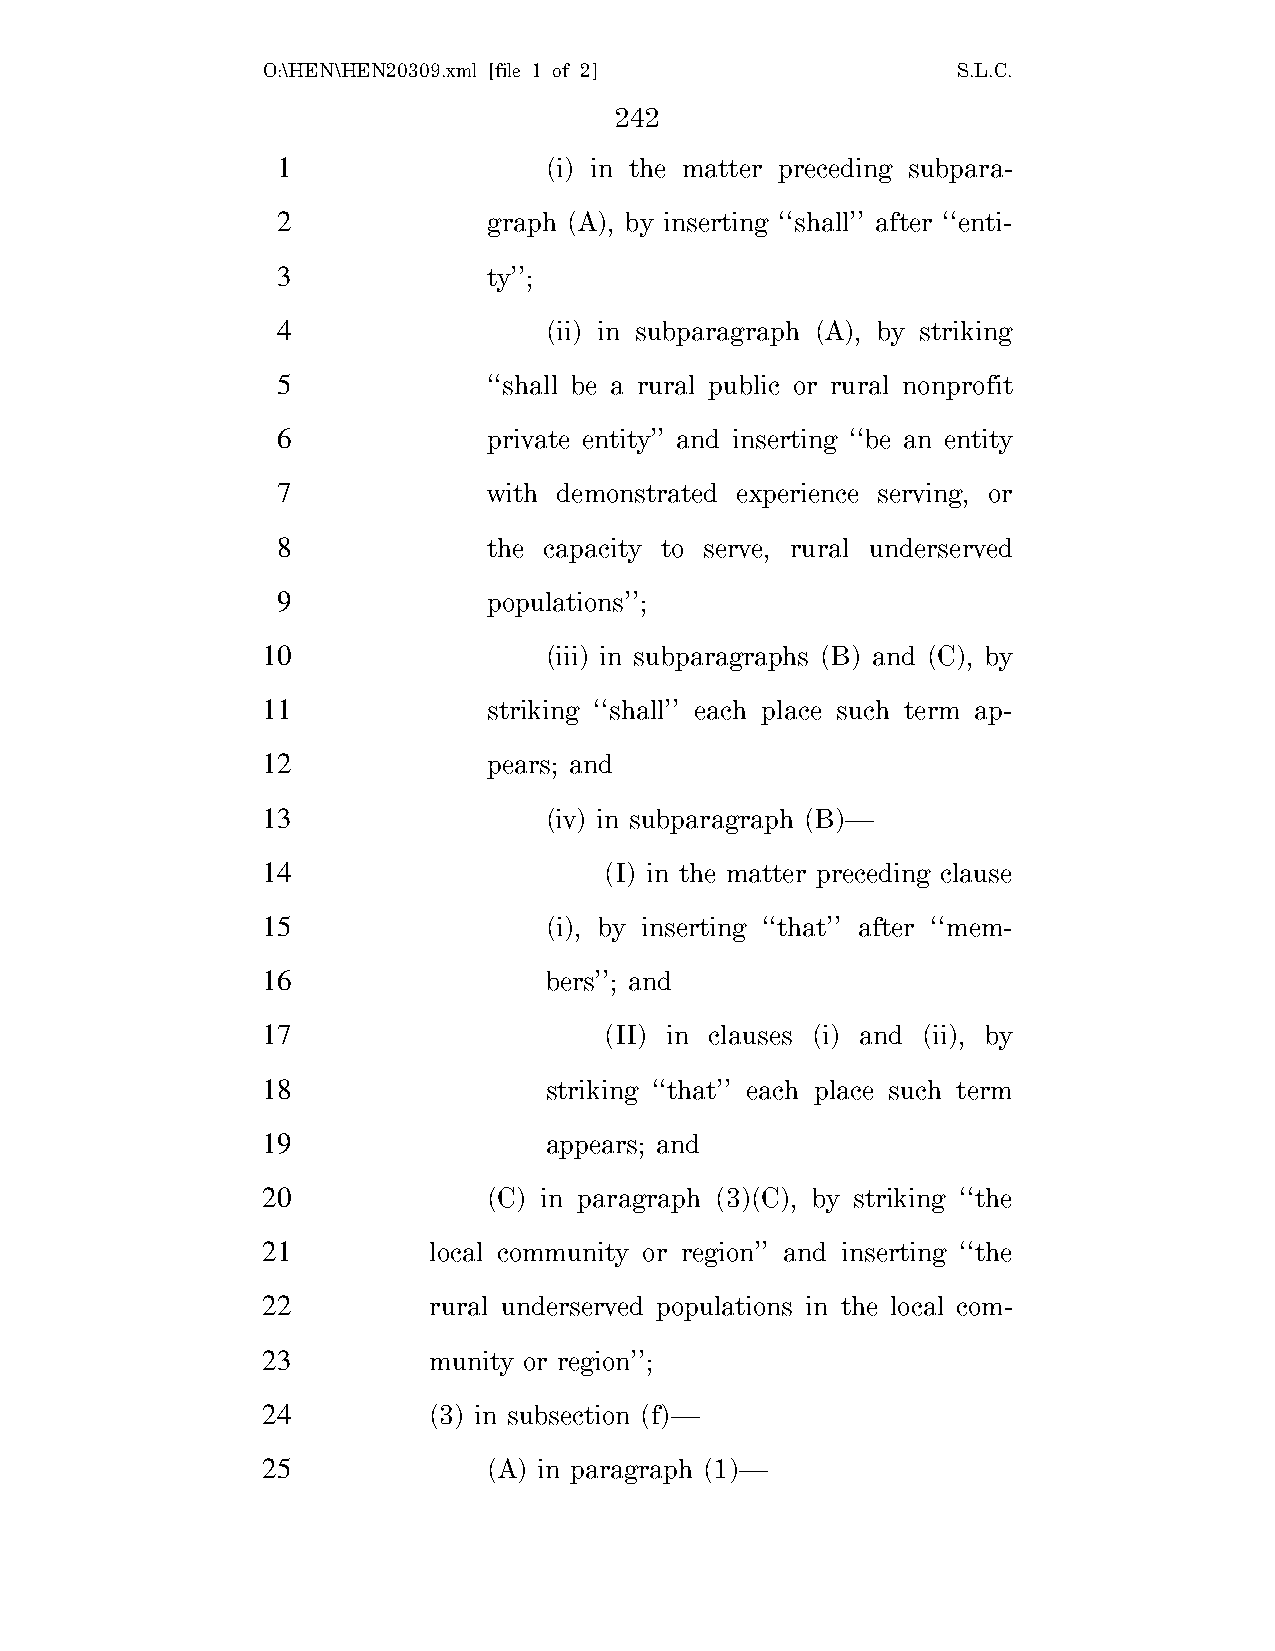
O:\HEN\HEN20309.xml [file 1 of 2]             S.L.C.
 242
 1                 (i) in the matter preceding subpara-
 2             graph (A), by inserting ‘‘shall’’ after ‘‘enti-
 3             ty’’;
 4                 (ii) in subparagraph (A), by striking
 5             ‘‘shall be a rural public or rural nonprofit
 6             private entity’’ and inserting ‘‘be an entity
 7             with demonstrated experience serving, or
 8             the capacity to serve, rural underserved
 9             populations’’;
 10                 (iii) in subparagraphs (B) and (C), by
 11             striking ‘‘shall’’ each place such term ap-
 12             pears; and
 13                 (iv) in subparagraph (B)—
 14                     (I) in the matter preceding clause
 15                 (i), by inserting ‘‘that’’ after ‘‘mem-
 16                 bers’’; and
 17                     (II) in clauses (i) and (ii), by
 18                 striking ‘‘that’’ each place such term
 19                 appears; and
 20             (C) in paragraph (3)(C), by striking ‘‘the
 21         local community or region’’ and inserting ‘‘the
 22         rural underserved populations in the local com-
 23         munity or region’’;
 24         (3) in subsection (f)—
 25             (A) in paragraph (1)—